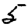
Digit: 5